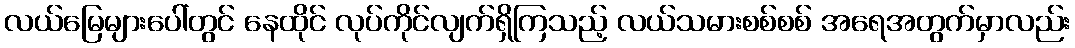
လယ်မြေများပေါ်တွင် နေထိုင် လုပ်ကိုင်လျက်ရှိကြသည့် လယ်သမားစစ်စစ် အရေအတွက်မှာလည်း